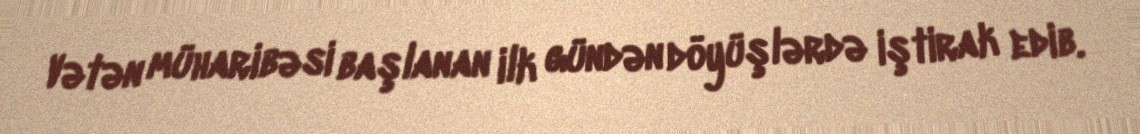
Vətən müharibəsi başlanan ilk gündən döyüşlərdə iştirak edib.